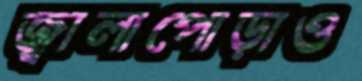
জ্বালাপোড়াও